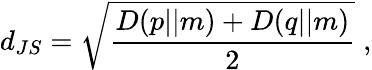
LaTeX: d_{JS}=\sqrt{\frac{D(p||m)+D(q||m)}{2}}\; ,